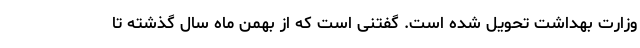
وزارت بهداشت تحویل شده است. گفتنی است که از بهمن ماه سال گذشته تا